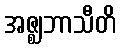
အဇ္ဈဘာသီတိ